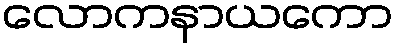
လောကနာယကော